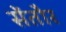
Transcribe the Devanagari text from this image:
सेंतौर